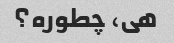
هی، چطوره؟